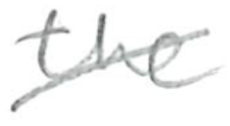
Text: the
Cross-out: diagonal
Writing tool: pencil